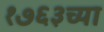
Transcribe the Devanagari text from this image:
१७६३च्या